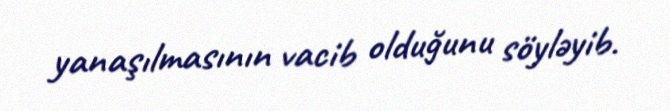
yanaşılmasının vacib olduğunu söyləyib.